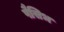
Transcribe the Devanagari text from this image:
पैसिभ